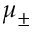
\mu _ { \pm }